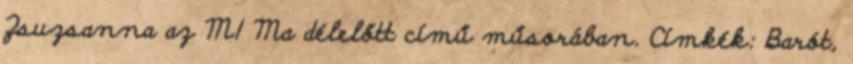
Zsuzsanna az M1 Ma délelőtt című műsorában. Címkék: Barót,